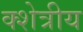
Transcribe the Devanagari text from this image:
क्शेत्रीय